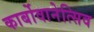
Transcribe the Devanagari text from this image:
कार्बोवानेत्सिव